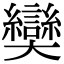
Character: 奱